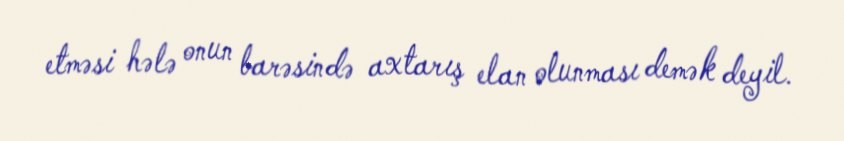
etməsi hələ onun barəsində axtarış elan olunması demək deyil.